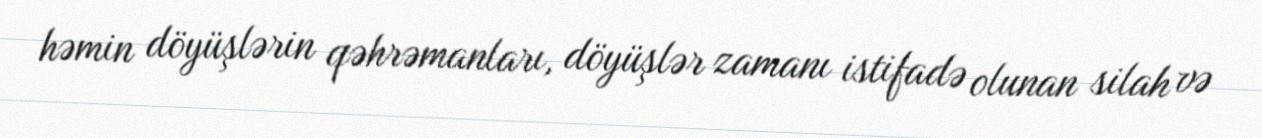
həmin döyüşlərin qəhrəmanları, döyüşlər zamanı istifadə olunan silah və